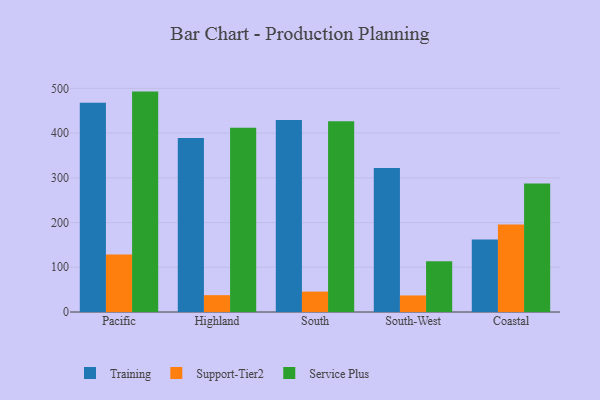
{"axis": {"x": "Region", "y": "Population (Million)"}, "legend": ["Service Plus", "Support-Tier2", "Training"], "data": [{"x": "Pacific", "y": 467.9, "type": "Training"}, {"x": "Pacific", "y": 128.8, "type": "Support-Tier2"}, {"x": "Pacific", "y": 492.8, "type": "Service Plus"}, {"x": "Highland", "y": 388.8, "type": "Training"}, {"x": "Highland", "y": 37.7, "type": "Support-Tier2"}, {"x": "Highland", "y": 411.8, "type": "Service Plus"}, {"x": "South", "y": 429.4, "type": "Training"}, {"x": "South", "y": 45.6, "type": "Support-Tier2"}, {"x": "South", "y": 426.5, "type": "Service Plus"}, {"x": "South-West", "y": 321.9, "type": "Training"}, {"x": "South-West", "y": 37.0, "type": "Support-Tier2"}, {"x": "South-West", "y": 113.6, "type": "Service Plus"}, {"x": "Coastal", "y": 162.1, "type": "Training"}, {"x": "Coastal", "y": 195.8, "type": "Support-Tier2"}, {"x": "Coastal", "y": 287.4, "type": "Service Plus"}]}